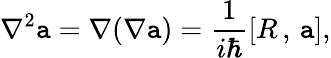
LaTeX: \nabla^{2}\mathtt{a}=\nabla(\nabla\mathtt{a})=\frac{1}{{i\hbar}}[R\, ,\, \mathtt{a}],